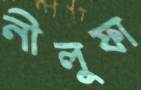
নীলুফা